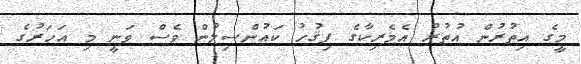
މީގެ އިތުރުން އުތުރު އެމެރިކާގެ ފިޤުހު ކައުންސިލުން ވެސް ވަނީ މި އަހަރުގެ